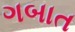
ગબાત